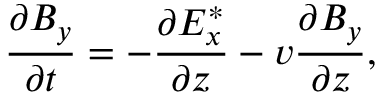
\frac { \partial B _ { y } } { \partial t } = - \frac { \partial E _ { x } ^ { * } } { \partial z } - v \frac { \partial B _ { y } } { \partial z } ,